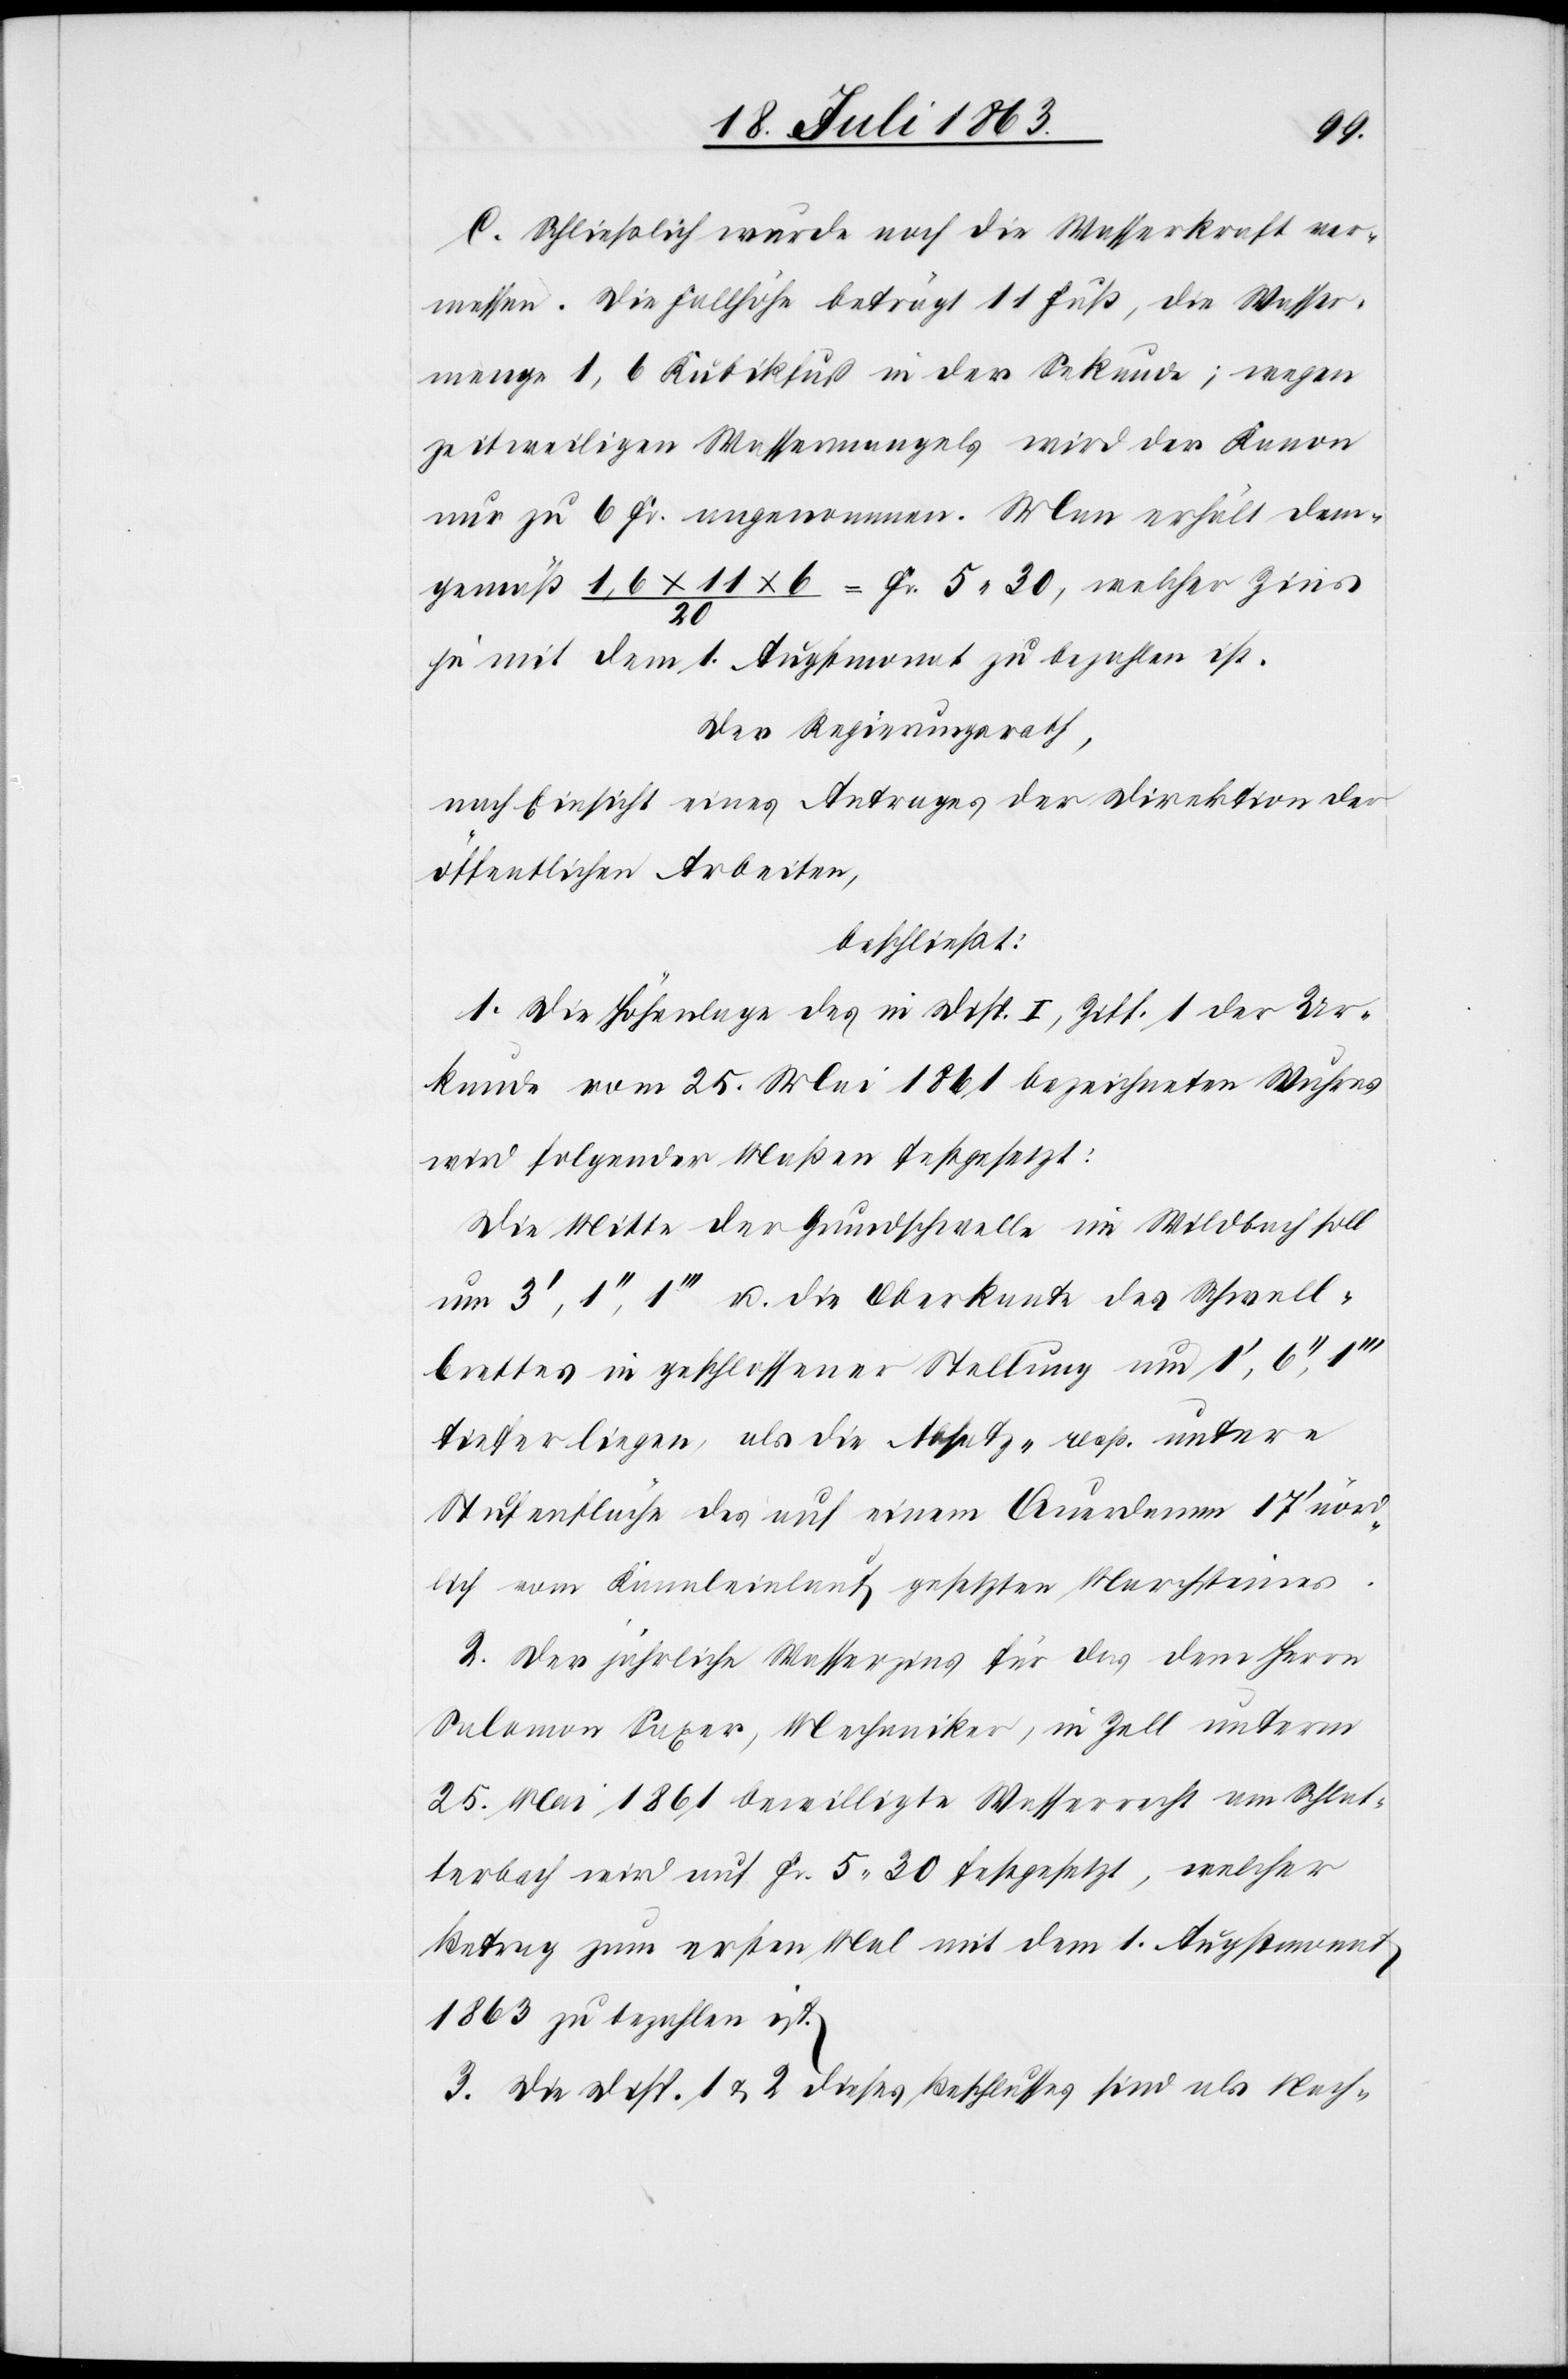
C. Schließlich wurde noch die Wasserkraft ver¬
messen. Die Fallhöhe beträgt 11 Fuß, die Wasser¬
menge 1,6 Kubikfuß in der Sekunde; wegen
zeitweiligen Wassermangels wird der Kanon
nur zu 6 Fr. angenommen. Man erhält dem¬
gemäß 1,6 x 11 x 6 / 20 = Fr. 5. 30, welcher Zins
je mit dem 1. Augstmonat zu bezahlen ist.
Der Regierungsrath,
nach Einsicht eines Antrages der Direktion der
öffentlichen Arbeiten,
beschließt:
1. Die Höhenlage des in Disp. I, Ziff. 1 der Ur¬
kunde vom 25. Mai 1861 bezeichneten Wuhres
wird folgender Maßen festgesetzt:
Die Mitte der Grundschwelle im Wildbach soll
um 3', 1'', 1''' u. die Oberkante des Schwell¬
brettes in geschlossener Stellung und 1', 6'',
tiefer liegen, als die Absatz- resp. untere
Stufenfläche des auf einem Querdamm 17' nörd¬
lich vom Kanaleinlauf gesetzten Marchsteines.
2. Der jährliche Wasserzins für das dem Herrn
Salomon Saxer, Mechaniker, in Zell unterm
25. Mai 1861 bewilligte Wasserrecht am Schlat¬
terbach wird auf Fr. 5. 30 festgesetzt, welcher
Betrag zum ersten Mal mit dem 1. Augstmonat
1863 zu bezahlen ist.
3. Die Disp. 1 & 2 dieses Beschlusses sind als Nach-